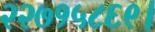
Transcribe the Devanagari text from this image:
२२७१५८६९।